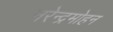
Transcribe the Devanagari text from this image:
नरेन्द्रमोहन